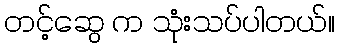
တင့်ဆွေ က သုံးသပ်ပါတယ်။